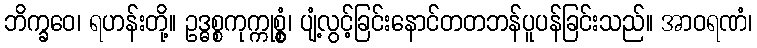
ဘိက္ခဝေ၊ ရဟန်းတို့။ ဥဒ္ဓစ္စကုက္ကုစ္စွံ၊ ပျံ့လွင့်ခြင်းနောင်တတဘန်ပူပန်ခြင်းသည်။ အာဝရဏံ၊